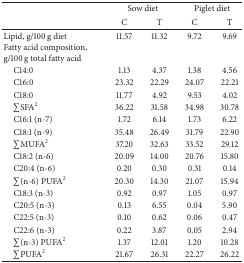
<table><thead><tr><td rowspan="2"><b> </b></td><td colspan="2"><b>Sow diet</b></td><td colspan="2"><b>Piglet diet</b></td></tr><tr><td><b>C</b></td><td><b>T</b></td><td><b>C</b></td><td><b>T</b></td></tr></thead><tbody><tr><td>Lipid, g/100 g diet</td><td>11.57</td><td>11.32</td><td>9.72</td><td>9.69</td></tr><tr><td>Fatty acid composition, g/100 g total fatty acid</td><td> </td><td> </td><td> </td><td> </td></tr><tr><td> C14:0</td><td>1.13</td><td>4.37</td><td>1.38</td><td>4.56</td></tr><tr><td> C16:0</td><td>23.32</td><td>22.29</td><td>24.07</td><td>22.21</td></tr><tr><td> C18:0</td><td>11.77</td><td>4.92</td><td>9.53</td><td>4.02</td></tr><tr><td> ∑SFA<sup>2</sup></td><td>36.22</td><td>31.58</td><td>34.98</td><td>30.78</td></tr><tr><td> C16:1 (n-7)</td><td>1.72</td><td>6.14</td><td>1.73</td><td>6.22</td></tr><tr><td> C18:1 (n-9)</td><td>35.48</td><td>26.49</td><td>31.79</td><td>22.90</td></tr><tr><td> ∑MUFA<sup>2</sup></td><td>37.20</td><td>32.63</td><td>33.52</td><td>29.12</td></tr><tr><td> C18:2 (n-6)</td><td>20.09</td><td>14.00</td><td>20.76</td><td>15.80</td></tr><tr><td> C20:4 (n-6)</td><td>0.20</td><td>0.30</td><td>0.31</td><td>0.14</td></tr><tr><td> ∑(n-6) PUFA<sup>2</sup></td><td>20.30</td><td>14.30</td><td>21.07</td><td>15.94</td></tr><tr><td> C18:3 (n-3)</td><td>0.92</td><td>0.97</td><td>1.05</td><td>0.97</td></tr><tr><td> C20:5 (n-3)</td><td>0.13</td><td>6.55</td><td>0.04</td><td>5.90</td></tr><tr><td> C22:5 (n-3)</td><td>0.10</td><td>0.62</td><td>0.06</td><td>0.47</td></tr><tr><td> C22:6 (n-3)</td><td>0.22</td><td>3.87</td><td>0.05</td><td>2.94</td></tr><tr><td> ∑(n-3) PUFA<sup>2</sup></td><td>1.37</td><td>12.01</td><td>1.20</td><td>10.28</td></tr><tr><td> ∑PUFA<sup>2</sup></td><td>21.67</td><td>26.31</td><td>22.27</td><td>26.22</td></tr></tbody></table>